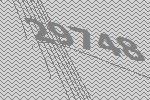
29748